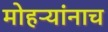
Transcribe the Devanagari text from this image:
मोहऱ्यांनाच